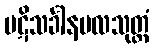
ပဋိသင်္ခါနဗလသုတ္တံ